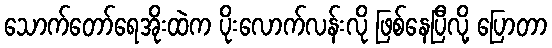
သောက်တော်ရေအိုးထဲက ပိုးလောက်လန်းလို ဖြစ်နေပြီလို့ ပြောတာ